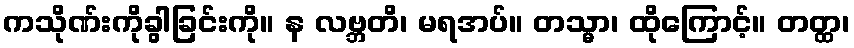
ကသိုဏ်းကိုခွါခြင်းကို။ န လဗ္ဘတိ၊ မရအပ်။ တသ္မာ၊ ထိုကြောင့်။ တတ္ထ၊